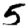
Digit: 5